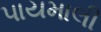
પાયમાલી